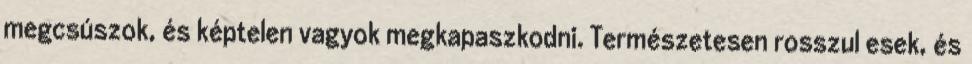
megcsúszok, és képtelen vagyok megkapaszkodni. Természetesen rosszul esek, és